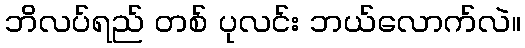
ဘိလပ်ရည် တစ် ပုလင်း ဘယ်လောက်လဲ။